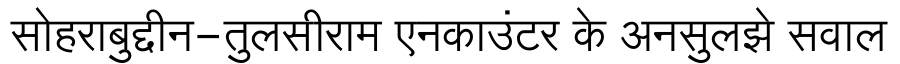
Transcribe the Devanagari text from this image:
सोहराबुद्दीन-तुलसीराम एनकाउंटर के अनसुलझे सवाल